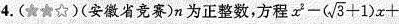
4.(★★☆)(安徽省竞赛)n为正整数，方程 $$x ^ { 2 } - ( \sqrt { 3 } +1 ) x +